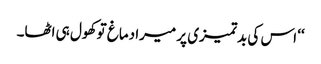
‘‘ اس کی بدتمیزی پر میرا دماغ تو کھول ہی اٹھا۔